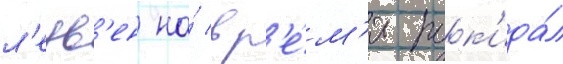
л'еув'ен на́ вр'е́м'я пок'ида́л